Punjab Mental Hospital Lahore 1932-46 - 1932-1946
Year: 1932
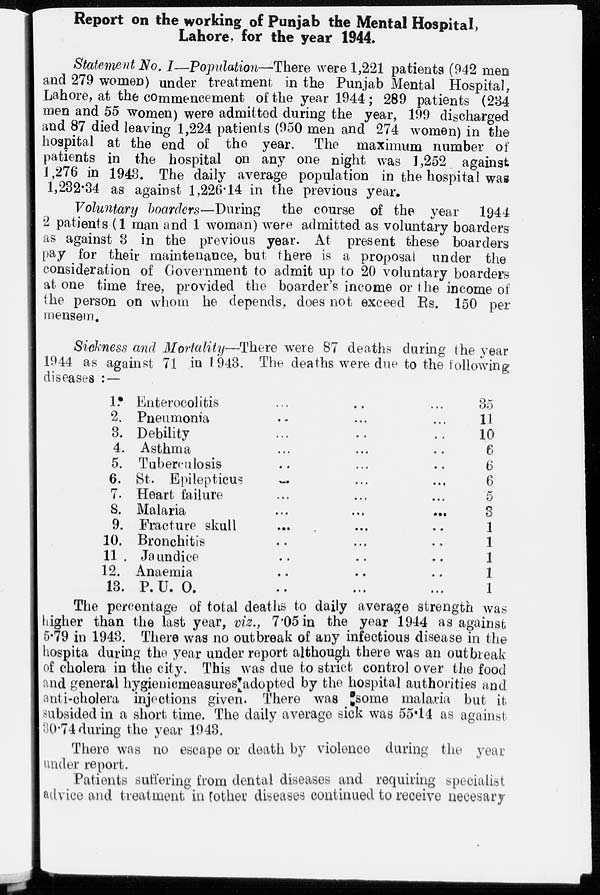
Report on the working of Punjab the Mental Hospital,
Lahore, for the year 1944.
Statement No. I—Population—There were 1,221 patients (942 men
and 279 women) under treatment in the Punjab Mental Hospital,
Lahore, at the commencement of the year 1944 ; 289 patients (234
men and 55 women) were admitted during the year, 199 discharged
and 87 died leaving 1,224 patients (950 men and 274 women) in the
hospital at the end of the year. The maximum number of
patients in the hospital on any one night was 1,252 against
1,276 in 1943. The daily average population in the hospital was
1,232.34 as against 1,226.14 in the previous year.
Voluntary boarders—During the course of the year 1944
2 patients (1 man and 1 woman) were admitted as voluntary boarders
as against 3 in the previous year. At present these boarders
pay for their maintenance, but there is a proposal under the
consideration of Government to admit up to 20 voluntary boarders
at one time free, provided the boarder's income or the income of
the person on whom he depends, does not exceed Rs. 150 per
mensem.
Sickness and Mortality—There were 87 deaths during the year
1944 as against 71 in 1943. The deaths were due to the following
diseases :—
1.
2.
3.
4.
5.
6.
7.
8.
9.
10.
11 .
12.
13.
Enterocolitis ... ... ...
Pneumonia ... ... ...
Debility ... ... ...
Asthma ... ... ...
Tuberculosis ... ... ...
St. Epilepticus ... ... ...
Heart failure ... ... ...
Malaria ... ... ...
Fracture skull ... ... ...
Bronchitis ... ... ...
Jaundice ... ... ...
Anaemia ... ... ...
P.U.O. ... ... ...
35
11
10
6
6
6
5
3
1
1
1
1
1
The percentage of total deaths to daily average strength was
higher than the last year, viz., 7.05 in the year 1944 as against
5.79 in 1943. There was no outbreak of any infectious disease in the
hospita during the year under report although there was an outbreak
of cholera in the city. This was due to strict control over the food
and general hygienicmeasures adopted by the hospital authorities and
anti-cholera 'injections given. There was some malaria but it
subsided in a short time. The daily average sick was 55.14 as against.
30.74 during the year 1943.
There was no escape or death by violence during the year
under report.
Patients suffering from dental diseases and requiring specialist
advice and treatment in other diseases continued to receive necesary